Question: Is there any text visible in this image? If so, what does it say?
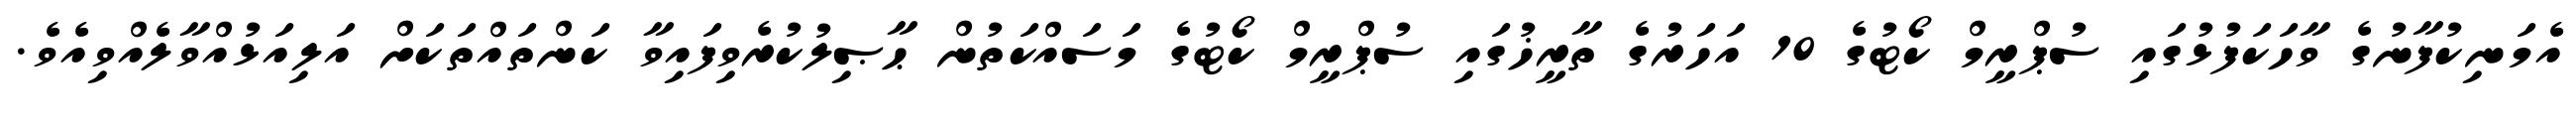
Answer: އެމަނިކުފާނުގެ ވާހަކަފުޅުގައި ސުޕްރީމް ކޯޓުގެ 10 އަހަރުގެ ތާރީޚުގައި ސުޕްރީމް ކޯޓުގެ މަސައްކަތުން ޙާޞިލުކުރެވިފައިވާ ކަންތައްތަކަށް އަލިއަޅުއްވާލެއްވިއެވެ.